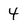
Character: 4